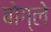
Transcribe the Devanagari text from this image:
बोग्ले